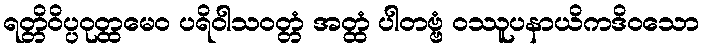
ရတ္တိဝိပ္ပဝုတ္ထမေဝ ပရိဝါသဝတ္တံ အတ္ထံ ပါတဗ္ဗံ ဝဿူပနာယိကဒိဝသော